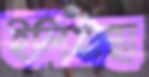
ইলিয়ান্থা